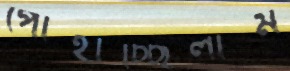
পোহাচ্ছিলাম